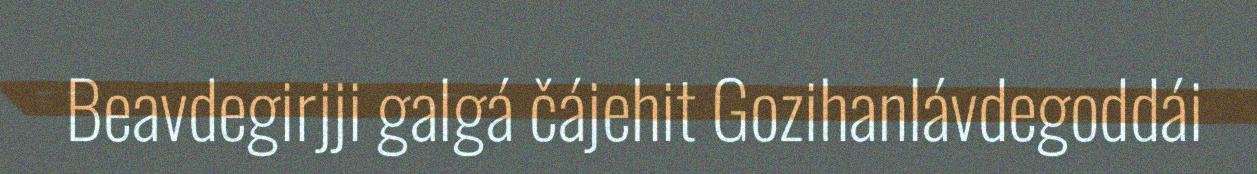
Beavdegirjji galgá čájehit Gozihanlávdegoddái